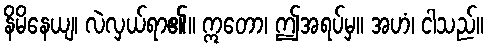
နိမိနေယျ၊ လဲလှယ်ရာ၏။ ဣတော၊ ဤအရပ်မှ။ အဟံ၊ ငါသည်။